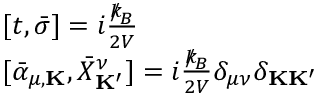
\begin{array} { r l } & { [ t , { \bar { \sigma } } ] = i \frac { { \slash \! \! \! k } _ { \! { B } } } { 2 V } } \\ & { [ { \bar { \alpha } } _ { \mu , { \bf K } } , { \bar { X } } _ { \bf K ^ { \prime } } ^ { \nu } ] = i \frac { { \slash \! \! \! k } _ { \! { B } } } { 2 V } \delta _ { \mu \nu } \delta _ { { \bf K } { \bf K ^ { \prime } } } } \end{array}